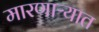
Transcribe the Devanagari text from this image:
मारणाऱ्यात